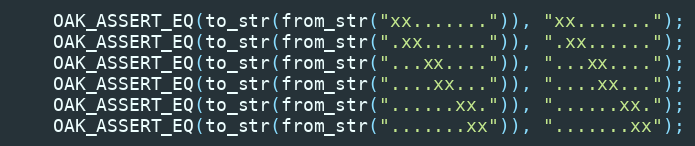
Language: C++
	OAK_ASSERT_EQ(to_str(from_str("xx.......")), "xx.......");
	OAK_ASSERT_EQ(to_str(from_str(".xx......")), ".xx......");
	OAK_ASSERT_EQ(to_str(from_str("...xx....")), "...xx....");
	OAK_ASSERT_EQ(to_str(from_str("....xx...")), "....xx...");
	OAK_ASSERT_EQ(to_str(from_str("......xx.")), "......xx.");
	OAK_ASSERT_EQ(to_str(from_str(".......xx")), ".......xx");